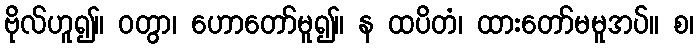
ဗိုလ်ဟူ၍။ ဝတွာ၊ ဟောတော်မူ၍။ န ထပိတံ၊ ထားတော်မမူအပ်။ စ၊